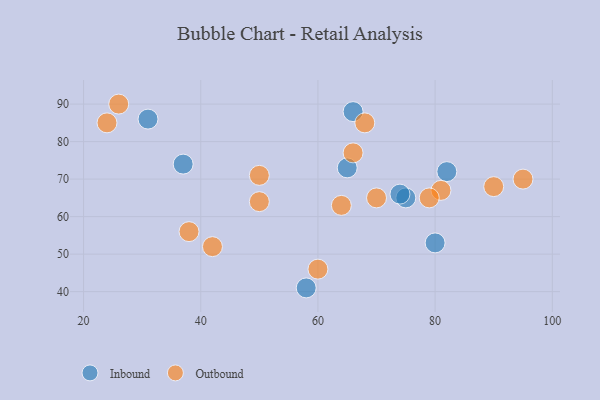
{"axis": {"x": "GDP", "y": "Life Expectancy"}, "legend": ["Inbound", "Outbound"], "data": [{"x": "37", "y": 74, "type": "Inbound"}, {"x": "75", "y": 65, "type": "Inbound"}, {"x": "58", "y": 41, "type": "Inbound"}, {"x": "82", "y": 72, "type": "Inbound"}, {"x": "65", "y": 73, "type": "Inbound"}, {"x": "80", "y": 53, "type": "Inbound"}, {"x": "31", "y": 86, "type": "Inbound"}, {"x": "74", "y": 66, "type": "Inbound"}, {"x": "66", "y": 88, "type": "Inbound"}, {"x": "70", "y": 65, "type": "Outbound"}, {"x": "50", "y": 71, "type": "Outbound"}, {"x": "24", "y": 85, "type": "Outbound"}, {"x": "26", "y": 90, "type": "Outbound"}, {"x": "50", "y": 64, "type": "Outbound"}, {"x": "42", "y": 52, "type": "Outbound"}, {"x": "81", "y": 67, "type": "Outbound"}, {"x": "38", "y": 56, "type": "Outbound"}, {"x": "64", "y": 63, "type": "Outbound"}, {"x": "95", "y": 70, "type": "Outbound"}, {"x": "60", "y": 46, "type": "Outbound"}, {"x": "79", "y": 65, "type": "Outbound"}, {"x": "68", "y": 85, "type": "Outbound"}, {"x": "66", "y": 77, "type": "Outbound"}, {"x": "90", "y": 68, "type": "Outbound"}]}